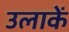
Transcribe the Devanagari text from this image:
उलाकें